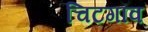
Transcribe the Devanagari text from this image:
चिटगॉव